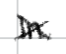
Text: in
Cross-out: cross
Writing tool: digital_black